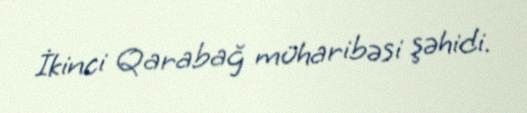
İkinci Qarabağ müharibəsi şəhidi.